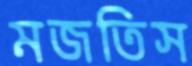
মজতিস